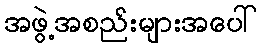
အဖွဲ့အစည်းများအပေါ်